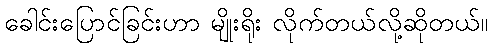
ခေါင်းပြောင်ခြင်းဟာ မျိုးရိုး လိုက်တယ်လို့ဆိုတယ်။